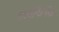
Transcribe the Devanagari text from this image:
डायफिनॅक